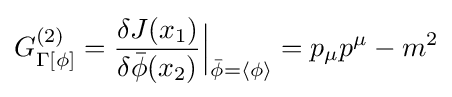
G_{\Gamma [\phi ]}^{(2)}={\frac {\delta J(x_{1})}{\delta {\bar {\phi }}(x_{2})}}{\Big |}_{{\bar {\phi }}=\langle \phi \rangle }=p_{\mu }p^{\mu }-m^{2}